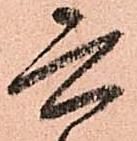
六